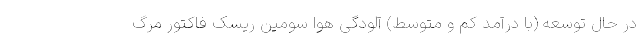
در حال توسعه (با درآمد کم و متوسط) آلودگی هوا سومین ریسک فاکتور مرگ